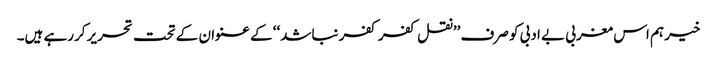
خیر ہم اس مغربی بے ادبی کو صرف ’’نقل کفر کفر نباشد‘‘ کے عنوان کے تحت تحریر کررہے ہیں۔